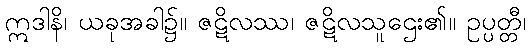
ဣဒါနိ၊ ယခုအခါ၌။ ဇဋိလဿ၊ ဇဋိလသူဌေး၏။ ဥပ္ပတ္တီ၊